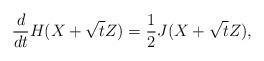
LaTeX: \begin{align*} \frac{d}{dt} H(X+\sqrt{t}Z)=\frac{1}{2} J(X+\sqrt{t}Z),\end{align*}